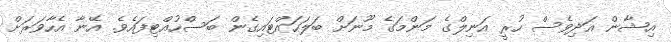
އިޝާން އަދިވެސް ހުރީ އަނިލްގެ މަންމަގެ މޫނަށް ބަލަހައްޓައިގެން ބަސްހުއްޓިފައެވެ. އޭނާ އެހާވަރަށް